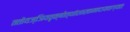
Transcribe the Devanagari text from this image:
ततोयज्ञियवृक्षोत्थांशाखामादायवाग्यतः